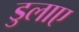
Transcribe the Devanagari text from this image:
डुलाए